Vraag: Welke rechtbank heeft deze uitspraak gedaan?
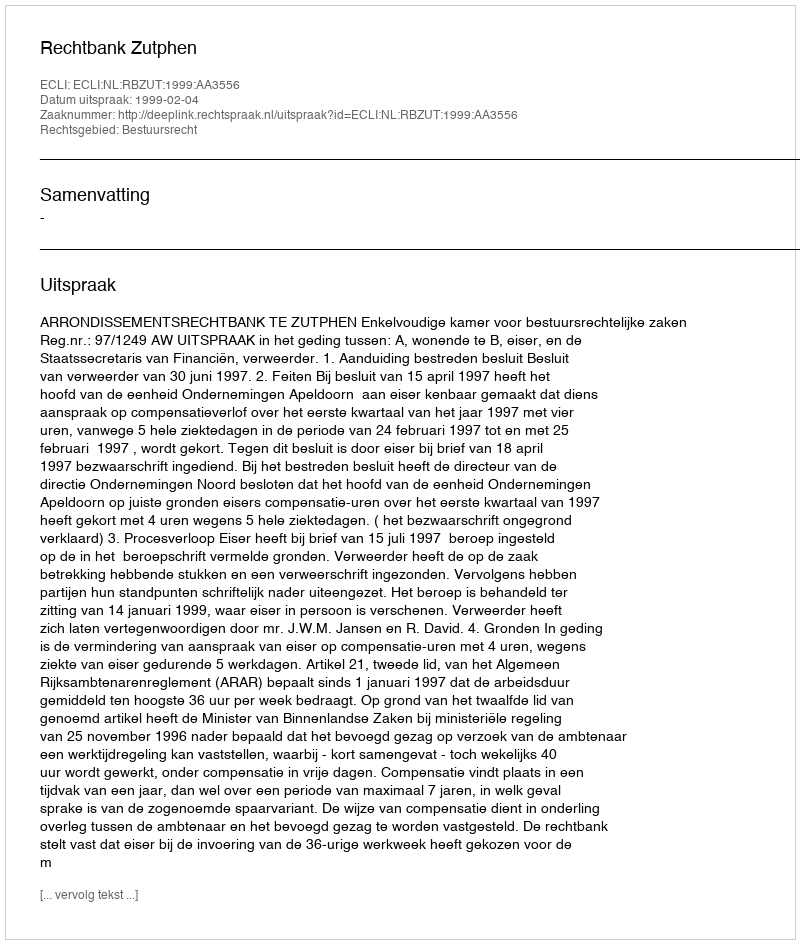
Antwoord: Rechtbank Zutphen